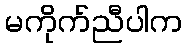
မကိုက်ညီပါက